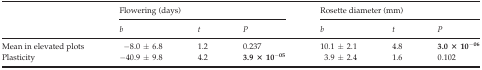
<table><thead><tr><td></td><td colspan="3"><b>Flowering (days)</b></td><td colspan="3"><b>Rosette diameter (mm)</b></td></tr><tr><td></td><td><b><i>b</i></b></td><td><b><i>t</i></b></td><td><b><i>P</i></b></td><td><b><i>b</i></b></td><td><b><i>t</i></b></td><td><b><i>P</i></b></td></tr></thead><tbody><tr><td>Mean in elevated plots</td><td>−8.0 ± 6.8</td><td>1.2</td><td>0.237</td><td>10.1 ± 2.1</td><td>4.8</td><td><b>3.0 × 10</b><sup><b>−06</b></sup></td></tr><tr><td>Plasticity</td><td>−40.9 ± 9.8</td><td>4.2</td><td><b>3.9 × 10</b><sup><b>−05</b></sup></td><td>3.9 ± 2.4</td><td>1.6</td><td>0.102</td></tr></tbody></table>